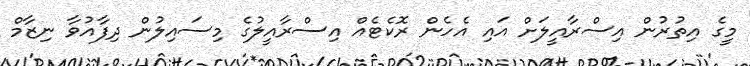
މީގެ އިތުރުން އިސްރާއީލަށް އައި އެހެން ރޮކެޓެއް އިސްރާއީލުގެ މިސައިލުން ދިފާއުވާ ނިޒާމް